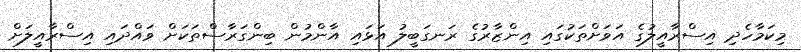
މިކަމާހެދި އިސްރާއީލުގެ އަވަށްތަކުގައި އިންޒާރުގެ ރަނގަބީލު އަޅައި އާންމުން ބިންގަރާސްތަކަށް ވައްދައި އިސްރާއީލަށް